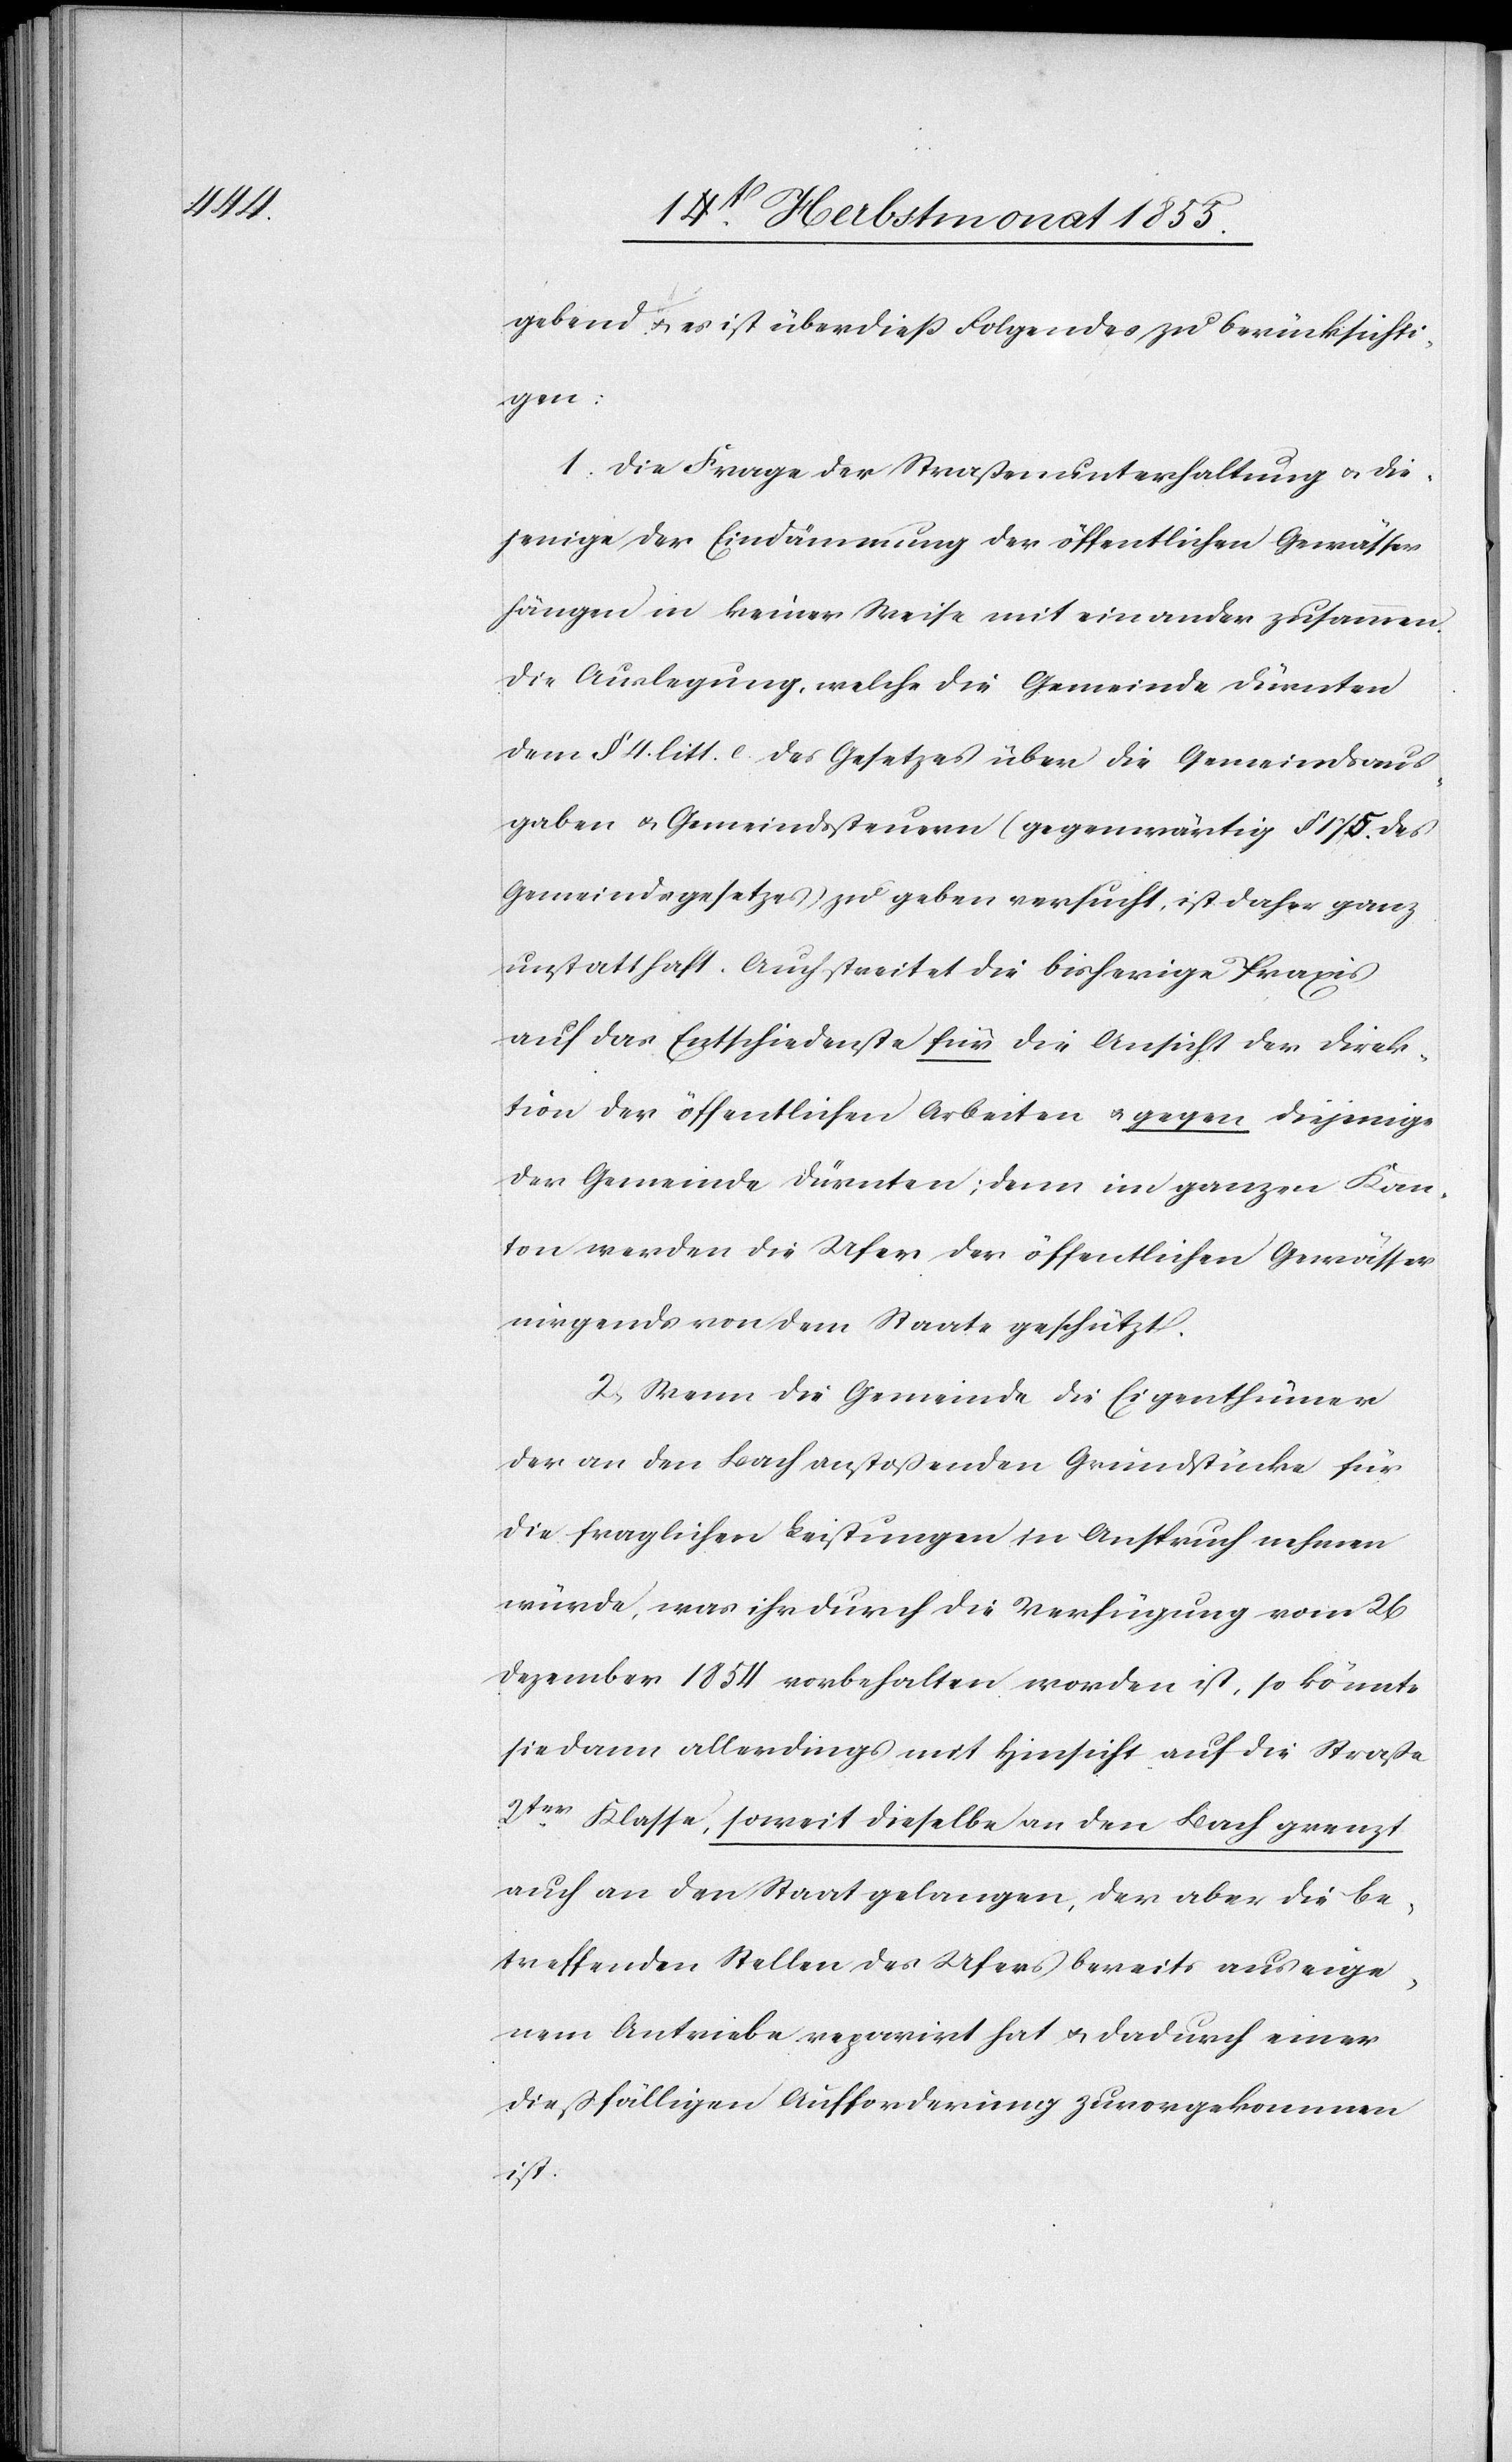
gebend & es ist überdieß Folgendes zu berücksichti¬
gen:
1. Die Frage der Straßenunterhaltung & die¬
jenige der Eindämmung der öffentlichen Gewässer
hängen in keiner Weise mit einander zusammen.
Die Auslegung, welche die Gemeinde Dürnten
dem § 4. litt. [?e.] des Gesetzes über die Gemeindsaus¬
gaben & Gemeindssteuern (gegenwärtig § 175. des
Gemeindegesetzes) zu geben versucht, ist daher ganz
unstatthaft. Auch streitet die bisherige Praxis
auf das Entschiedenste für die Ansicht der Direk¬
tion der öffentlichen Arbeiten & gegen diejenige
der Gemeinde Dürnten; denn im ganzen Kan¬
ton werden die Ufer der öffentlichen Gewässer
nirgends von dem Staate geschützt.
2, Wenn die Gemeinde die Eigenthümer
der an den Bach anstoßenden Grundstücke für
die fraglichen Leistungen in Anspruch nehmen
würde, was ihr durch die Verfügung vom 26
Dezember 1854 vorbehalten worden ist, so könnte
sie dann allerdings mit Hinsicht auf die Straße
2ter. Klasse, soweit dieselbe an den Bach grenzt
auch an den Staat gelangen, der aber die be¬
treffenden Stellen des Ufers bereits aus eige¬
nem Antriebe reparirt hat & dadurch einer
dießfälligen Aufforderung zuvorgekommen
ist.